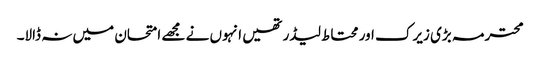
محترمہ بڑی زیرک اور محتاط لیڈر تھیں انہوں نے مجھے امتحان میں نہ ڈالا۔